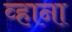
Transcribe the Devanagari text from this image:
व्हाना